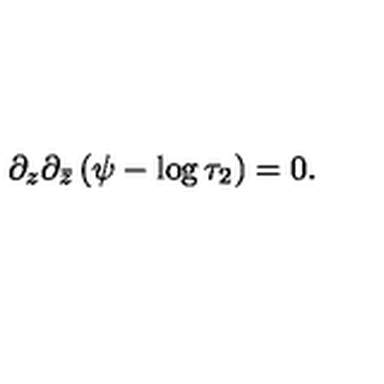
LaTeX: \partial _ { z } \partial _ { \bar { z } } \left( \psi - \log \tau _ { 2 } \right) = 0 .